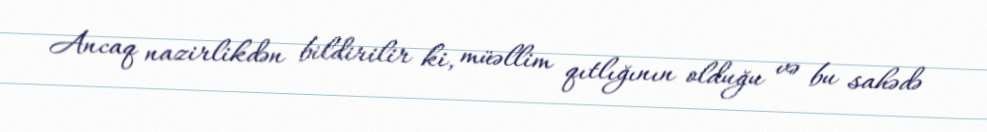
Ancaq nazirlikdən bildirilir ki, müəllim qıtlığının olduğu və bu sahədə